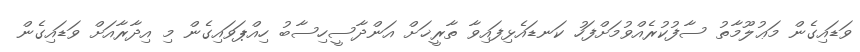
ވަޑައިގެން މަޢުލޫމާތު ސާފުކުރެއްވުމަށްފަހު ކަނޑައެޅިފައިވާ ތާރީޚަށް އަންދާސީހިސާބު ހިއްޕަވައިގެން މި އިދާރާއަށް ވަޑައިގެން